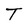
Character: T